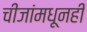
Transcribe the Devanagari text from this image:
चीजांमधूनही